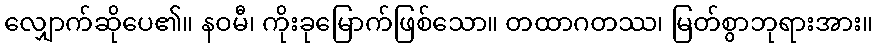
လျှောက်ဆိုပေ၏။ နဝမီ၊ ကိုးခုမြောက်ဖြစ်သော။ တထာဂတဿ၊ မြတ်စွာဘုရားအား။